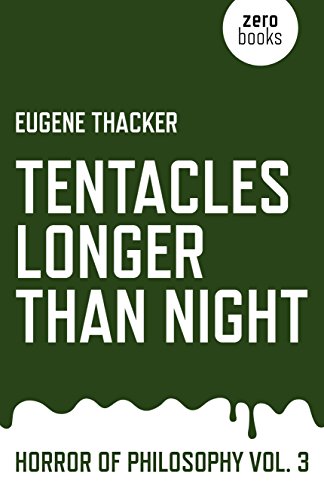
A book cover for Tentacles Longer Than Night: Horror of Philosophy (Vol 3); Eugene Thacker; Politics & Social Sciences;